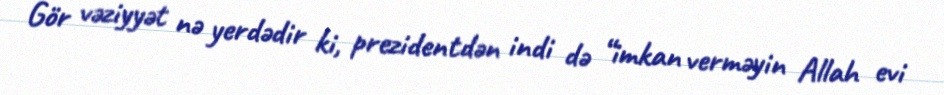
Gör vəziyyət nə yerdədir ki, prezidentdən indi də “imkan verməyin Allah evi